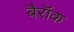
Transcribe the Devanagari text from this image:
बैरॉक